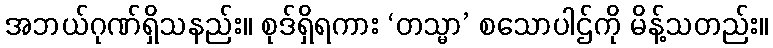
အဘယ်ဂုဏ်ရှိသနည်း။ စုဒ်ရှိရကား ‘တသ္မာ’ စသောပါဌ်ကို မိန့်သတည်း။